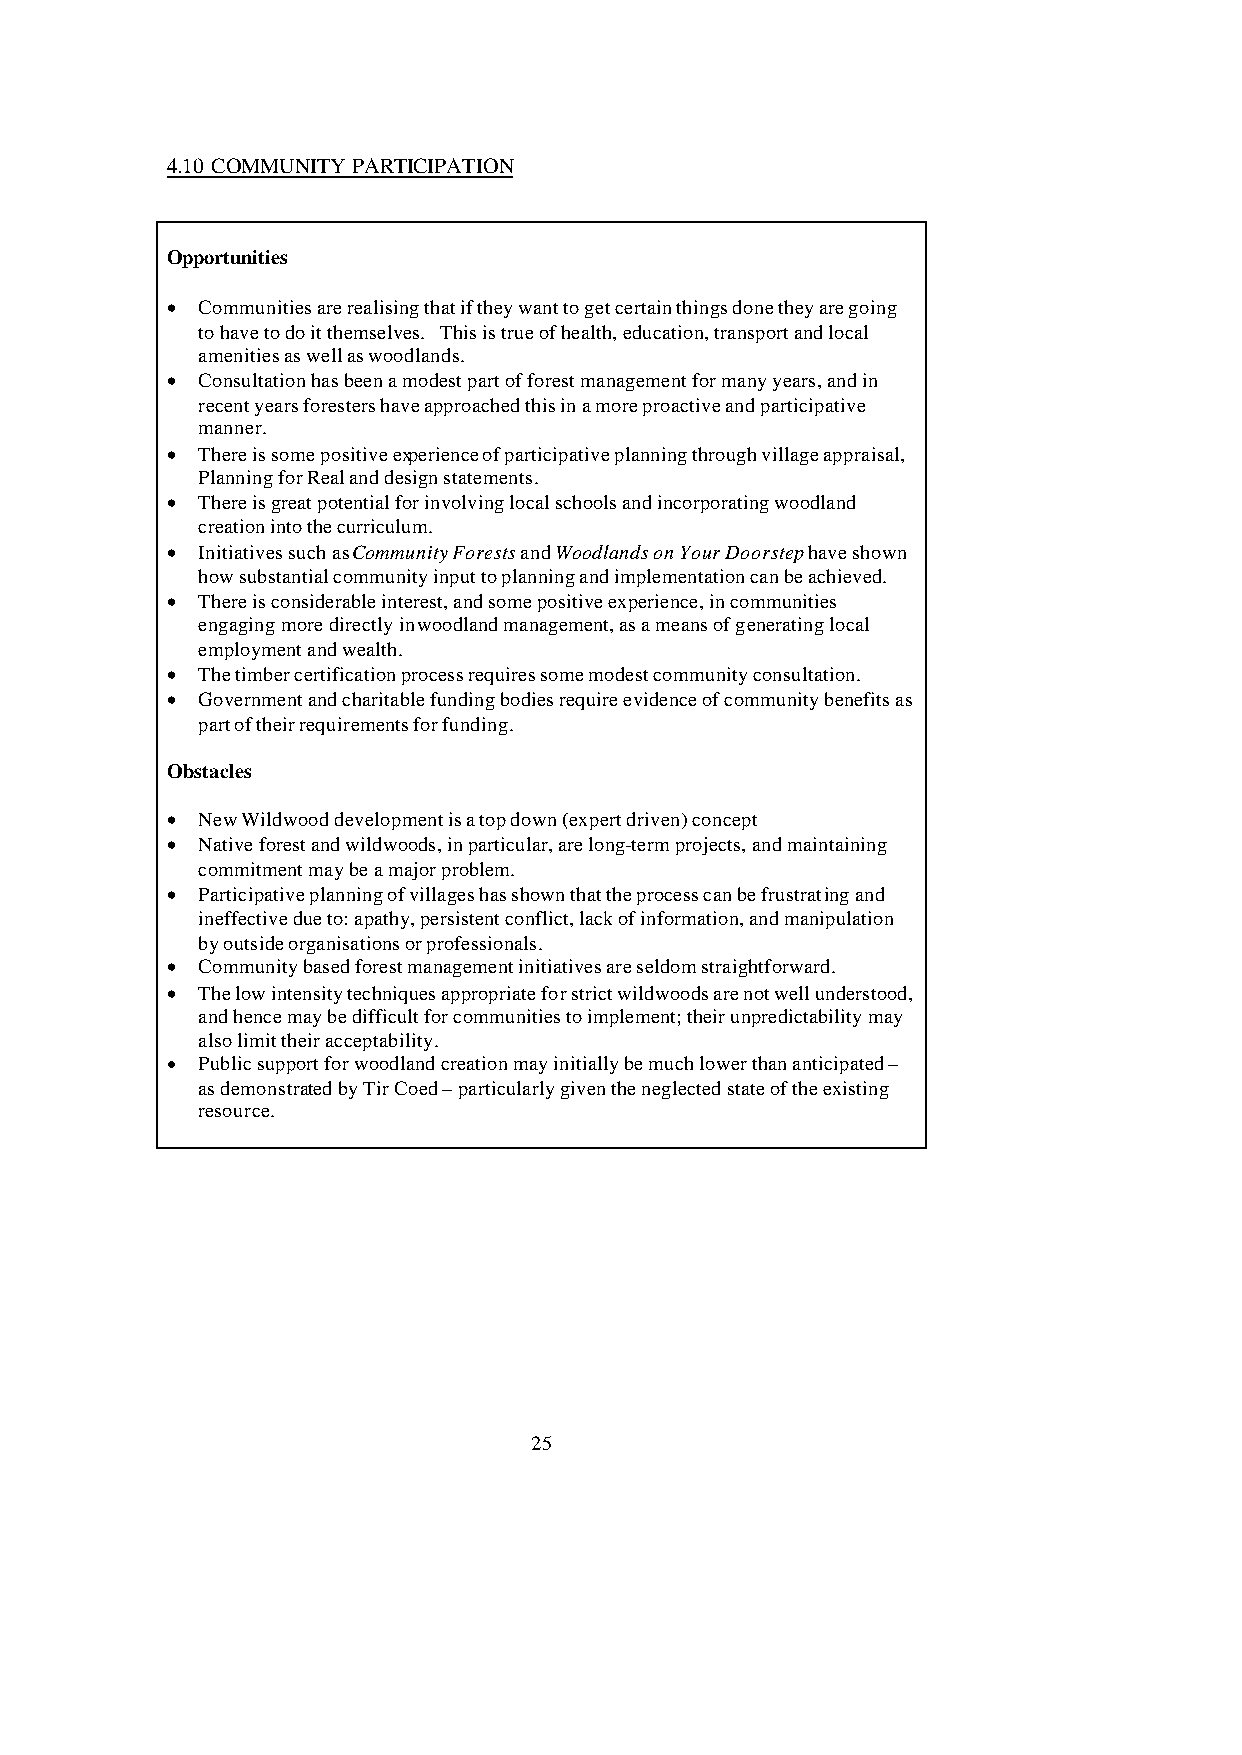
4.10 COMMUNITY PARTICIPATION
 Opportunities
 • Communities are realising that if they want to get certain things done they are going
 to have to do it themselves. This is true of health, education, transport and local
 amenities as well as woodlands.
 • Consultation has been a modest part of forest management for many years, and in
 recent years foresters have approached this in a more proactive and participative
 manner.
 • There is some positive experience of participative planning through village appraisal,
 Planning for Real and design statements.
 • There is great potential for involving local schools and incorporating woodland
 creation into the curriculum.
 • Initiatives such as Community Forests and Woodlands on Your Doorstep have shown
 how substantial community input to planning and implementation can be achieved.
 • There is considerable interest, and some positive experience, in communities
 engaging more directly in woodland management, as a means of generating local
 employment and wealth.
 • The timber certification process requires some modest community consultation.
 • Government and charitable funding bodies require evidence of community benefits as
 part of their requirements for funding.
 Obstacles
 • New Wildwood development is a top down (expert driven) concept
 • Native forest and wildwoods, in particular, are long-term projects, and maintaining
 commitment may be a major problem.
 • Participative planning of villages has shown that the process can be frustrating and
 ineffective due to: apathy, persistent conflict, lack of information, and manipulation
 by outside organisations or professionals.
 • Community based forest management initiatives are seldom straightforward.
 • The low intensity techniques appropriate for strict wildwoods are not well understood,
 and hence may be difficult for communities to implement; their unpredictability may
 also limit their acceptability.
 • Public support for woodland creation may initially be much lower than anticipated –
 as demonstrated by Tir Coed – particularly given the neglected state of the existing
 resource.
 25